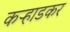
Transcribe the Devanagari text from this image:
कऱ्हाडकर